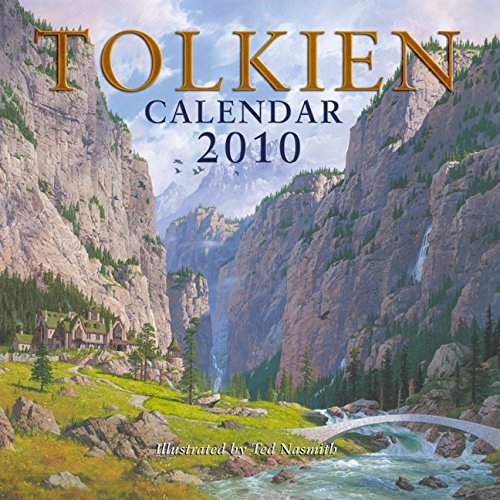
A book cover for Tolkien Calendar 2010; J. R. R. Tolkien; Calendars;